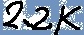
Text: 2.2K